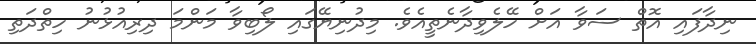
ނިދާފައި އޮތް ސަވާ އަށް ހޭލެވިދާނެތީއެވެ. މިދުނިޔޭގައި ލޯބިވާ މަންމަ ދިރިއުޅުނު ހިތްދަތި